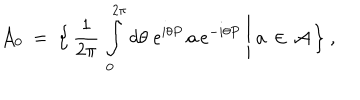
{ \mathcal A } _ { 0 } \ = \ \Bigl \{ \, \frac { 1 } { 2 \pi } \, \int _ { 0 } ^ { 2 \pi } d \theta \; e ^ { i \theta P } \, a \, e ^ { - i \theta P } \ \Bigg | \ a \, \in \, { \mathcal A } \, \Bigr \} \ ,